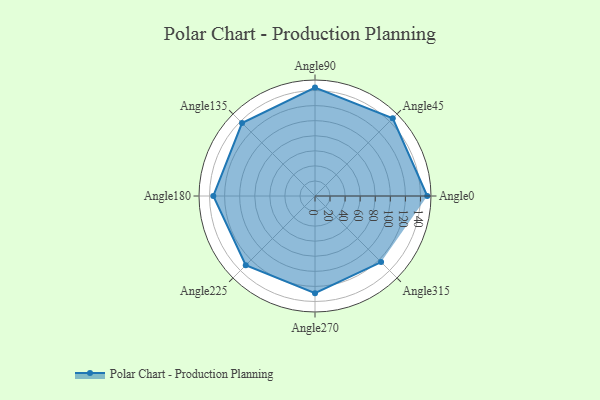
{"axis": {"x": "Angle", "y": "Radius"}, "legend": [""], "data": [{"x": "Angle0", "y": 149.0, "type": ""}, {"x": "Angle45", "y": 146.0, "type": ""}, {"x": "Angle90", "y": 144.0, "type": ""}, {"x": "Angle135", "y": 137.0, "type": ""}, {"x": "Angle180", "y": 135.0, "type": ""}, {"x": "Angle225", "y": 130.0, "type": ""}, {"x": "Angle270", "y": 129.0, "type": ""}, {"x": "Angle315", "y": 124.0, "type": ""}]}